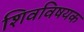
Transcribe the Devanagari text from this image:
शिवविषयक